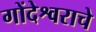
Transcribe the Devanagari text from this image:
गोंदेश्वराचे